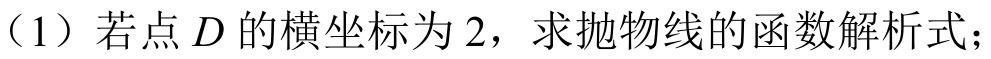
（1）若点\(D\)的横坐标为\(2\)，求抛物线的函数解析式；